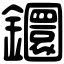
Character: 𨯬